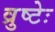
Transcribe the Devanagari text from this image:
व्रुष्टेः